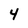
Character: 4